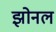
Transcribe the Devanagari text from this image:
झोनल